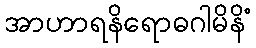
အာဟာရနိရောဓဂါမိနိံ